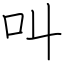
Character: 叫